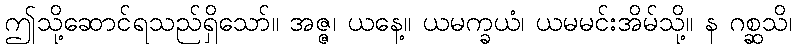
ဤသို့ဆောင်ရသည်ရှိသော်။ အဇ္ဇ၊ ယနေ့။ ယမက္ခယံ၊ ယမမင်းအိမ်သို့။ န ဂစ္ဆသိ၊